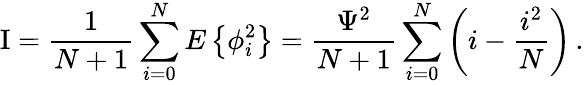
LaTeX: \mathrm{I}={\frac{1}{N+1}}\sum_{i=0}^{N}E\left\{ \phi_{i}^{2}\right\} ={\frac{\Psi^{2}}{N+1}}\sum_{i=0}^{N}\left(i-{\frac{i^{2}}{N}}\right)\, .